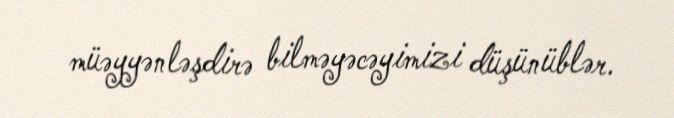
müəyyənləşdirə bilməyəcəyimizi düşünüblər.